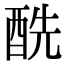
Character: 酰